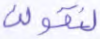
لنقولن